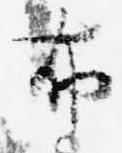
布